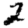
Digit: 2